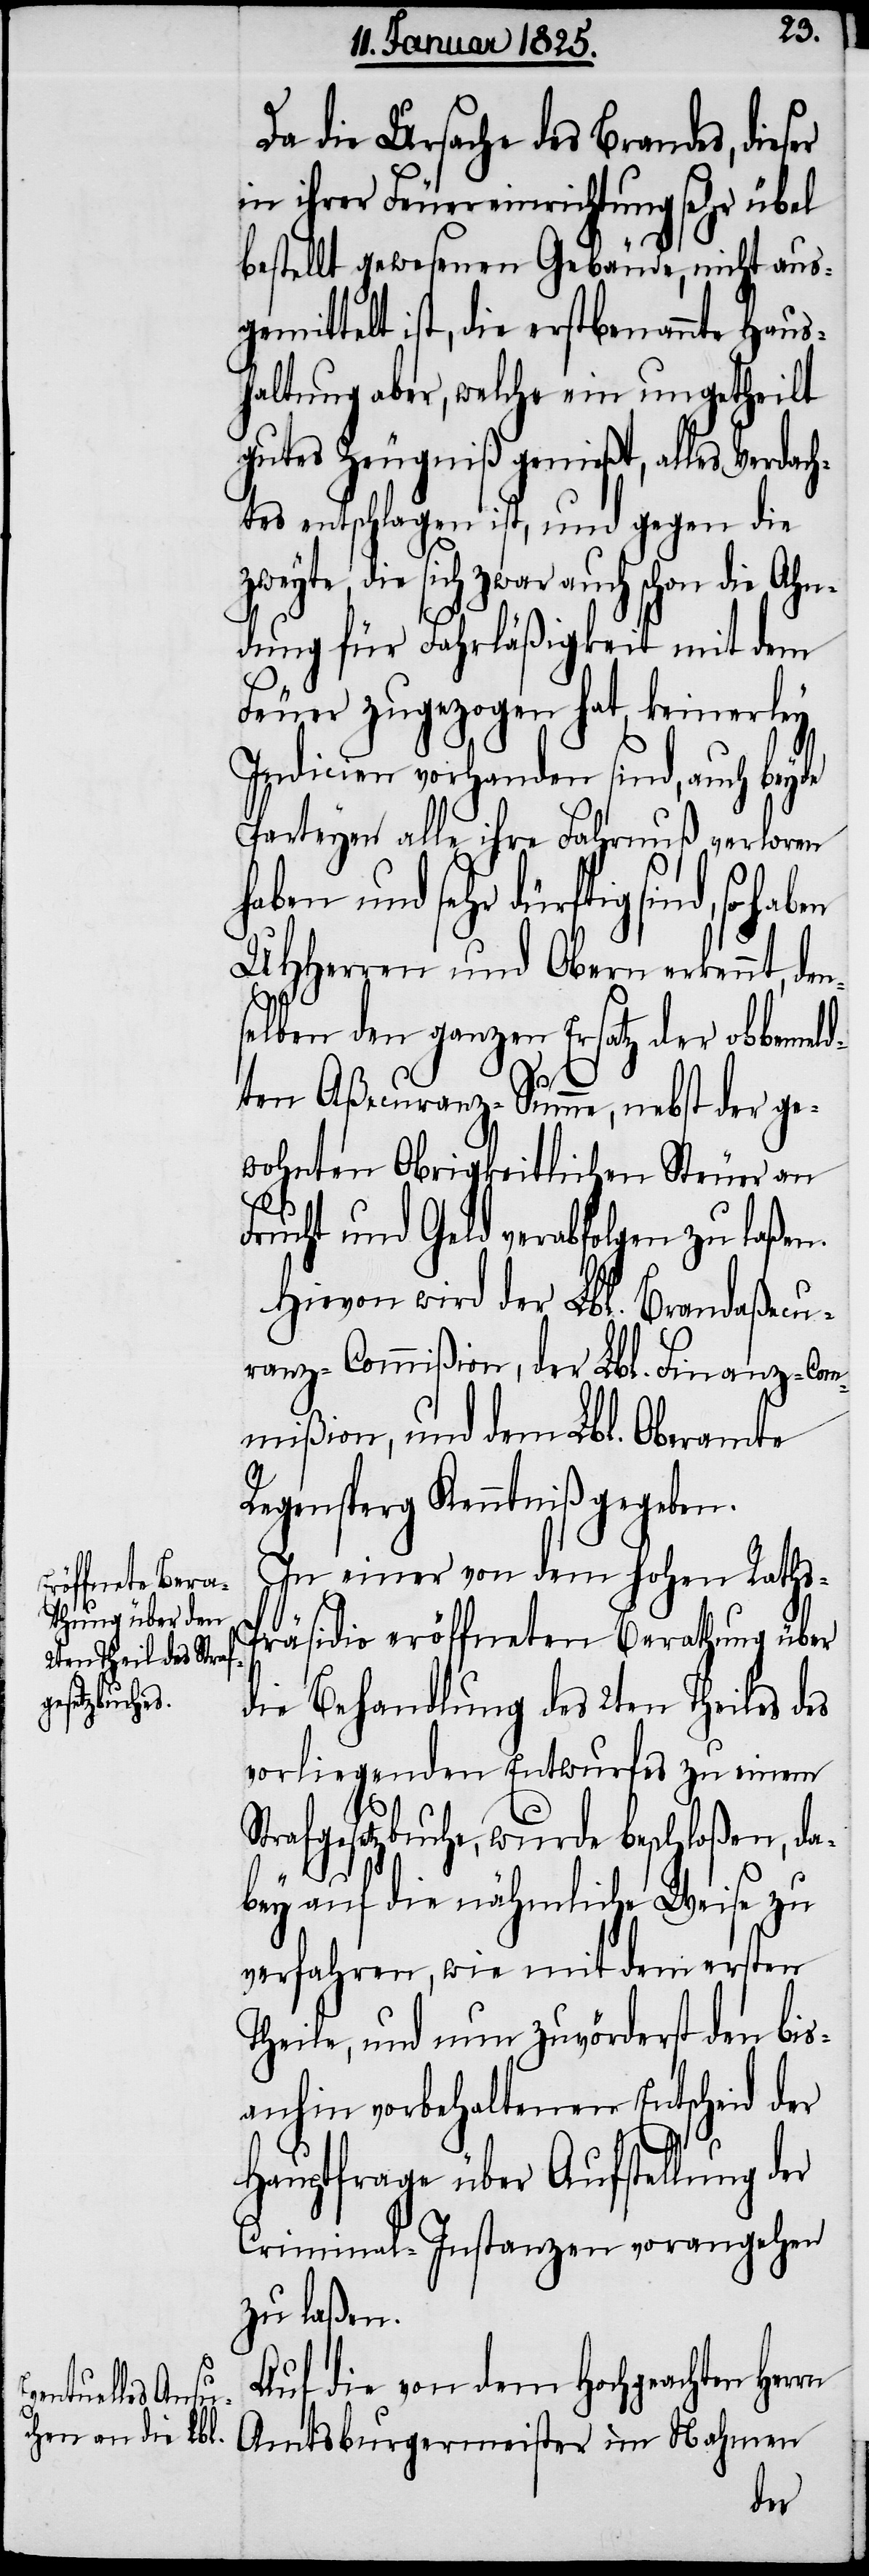
rn

Da die Ursache des Brandes, dies¬
in ihrer Feuereinrichtung sehr übel
bestellt gewesenen Gebäude, nicht aus¬
gemittelt ist, die erstbenannte Haus¬
haltung aber, welche ein ungetheilt
gutes Zeugniß genießt, alles Verdac¬
htes entschlagen ist, und gegen die
die sich zwar auch schon die Ahn¬
dung für Fahrläßigkeit mit dem
Feuer zugezogen hat, keinerley
Indicien vorhanden sind, auch
Parteyen alle ihre Fahrnuß verloren
haben und sehr dürftig sind, so ha¬
UHHerren und Obern erkennt, den¬
selben den ganzen Ersatz der obbemel¬
dten Aßecuranz-Summe, nebst der ge¬
wohnten Obrigkeitlichen Steuer an
Frucht und Geld verabfolgen zu laßen.
Hievon wird der Lbl. Brandaßecu¬
ranz-Commißion, der Lbl. Finanz-Com¬
mißion, und dem Lbl. Oberamte
Regensperg Kenntniß gegeben.
In einer von dem hohen Raths-P¬
räsidio eröffneten Berathung über
die Behandlung des 2ten Theiles des
vorliegenden Entwurfes zu einem
Strafgesetzbuche, wurde beschloßen, da¬
bey auf die nähmliche Weise zu
verfahren, wie mit dem ersten
Theile, und nun zuvörderst den bis¬
anhin vorbehaltenen Entscheid der
Hauptfrage über Aufstellung der
Criminal-Instanzen vorangehen
zu laßen.
Auf die von dem Hochgeachten Her¬
Amtsburgermeister im Nahmen
ben